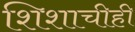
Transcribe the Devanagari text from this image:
शिशाचीही